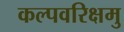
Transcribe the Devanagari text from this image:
कल्पवरिक्षमु